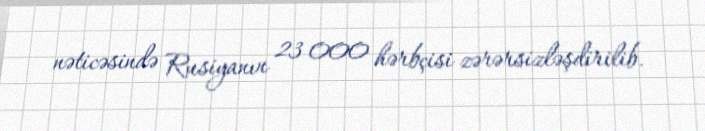
nəticəsində Rusiyanın 23 000 hərbçisi zərərsizləşdirilib.